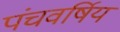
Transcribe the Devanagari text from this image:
पंचवर्षिय